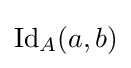
\mathrm {Id} _{A}(a,b)